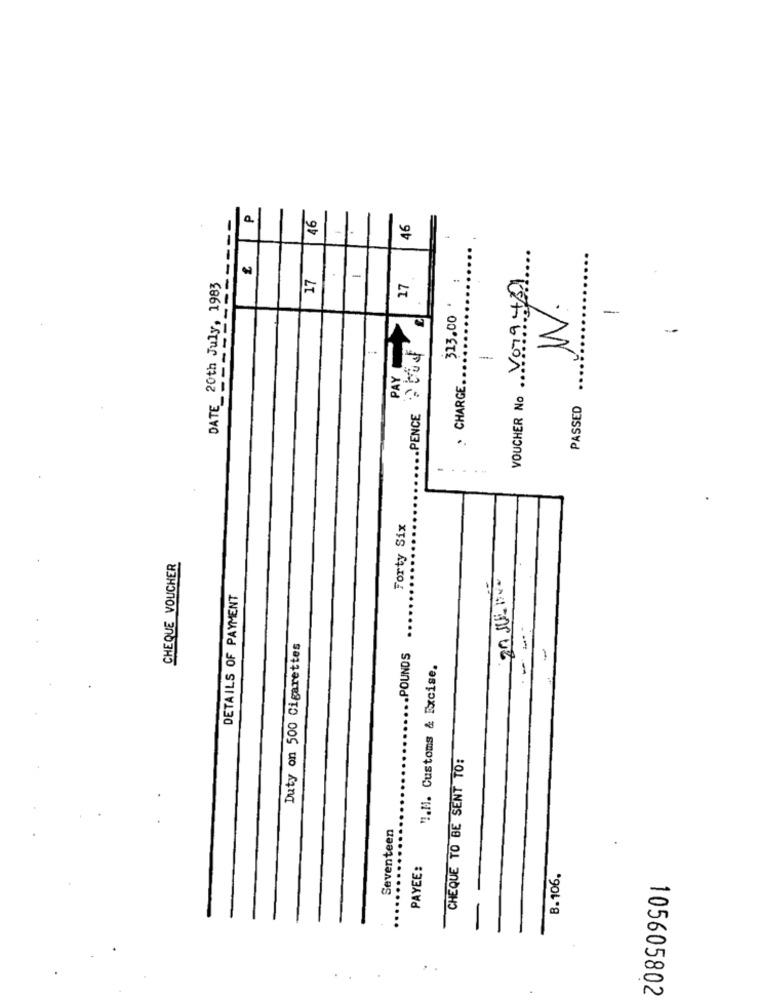
-------------
P
46
46
17
VOUCHER No V079 +39
DATE 20th July, 1983
-
17
313.00 *
W.
-
PAYET
.. PENCE ? DU F
-
. CHARGE ..
PASSED
Forty Six
CHEQUE VOUCHER
20 SUL BENO
DETAILS OF PAYMENT
Duty on 500 Cigarettes
.POUNDS
".M. Customs & Excise.
-
CHEQUE TO BE SENT TO:
Seventeen
PAYEE:
B. 106.
..
105605802